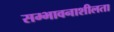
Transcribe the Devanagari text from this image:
सम्भावनाशीलता